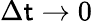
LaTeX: \Delta\mathsf{t}\rightarrow0